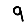
Digit: 9